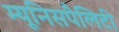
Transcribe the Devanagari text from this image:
म्यूनिसपैलिटी